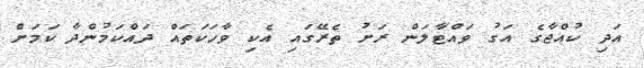
އަދި ކުއްޖާގެ އަގު ވައްޓާލަން ރަށު ތެރޭގައި އެކި ވާހަކަތައް ދައްކަމުންދާ ކަމަށް